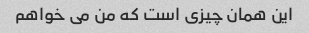
این همان چیزی است که من می خواهم